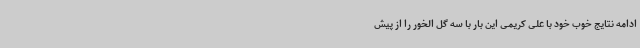
ادامه نتایج خوب خود با علی کریمی این بار با سه گل الخور را از پیش